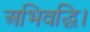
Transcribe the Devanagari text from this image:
अभिवद्धि।